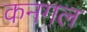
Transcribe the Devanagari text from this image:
कनगल